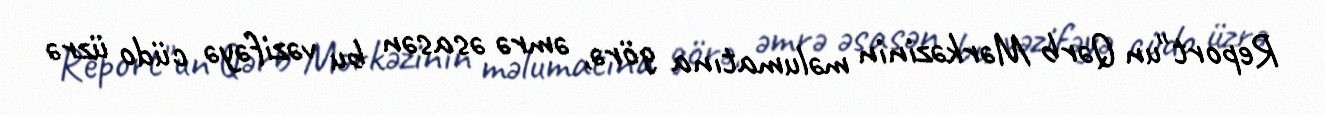
Report"un Qərb Mərkəzinin məlumatına görə, əmrə əsasən bu vəzifəyə cüdo üzrə